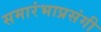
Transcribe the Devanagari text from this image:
समारंभाप्रसंगी